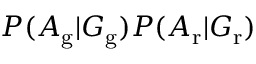
P ( A _ { \mathrm { g } } | G _ { \mathrm { g } } ) P ( A _ { \mathrm { r } } | G _ { \mathrm { r } } )